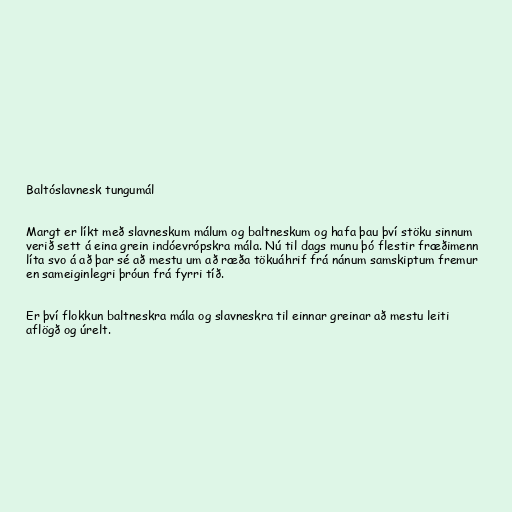
Baltóslavnesk tungumál

Margt er líkt með slavneskum málum og baltneskum og hafa þau því stöku sinnum
verið sett á eina grein indóevrópskra mála. Nú til dags munu þó flestir fræðimenn
líta svo á að þar sé að mestu um að ræða tökuáhrif frá nánum samskiptum fremur
en sameiginlegri þróun frá fyrri tíð.

Er því flokkun baltneskra mála og slavneskra til einnar greinar að mestu leiti
aflögð og úrelt.